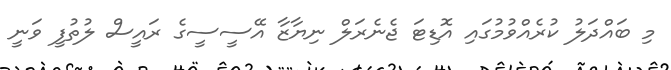
މި ބައްދަލު ކުރެއްވުމުގައި އޮޑިޓަ ޖެނެރަލް ނިޔާޒާ އޭސީސީގެ ރައީސް ލުތުފީ ވަނީ